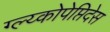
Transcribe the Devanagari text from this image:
ग्ल्य्कोपेप्तिदेस